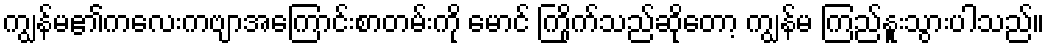
ကျွန်မ၏ကလေးကဗျာအကြောင်းစာတမ်းကို မောင် ကြိုက်သည်ဆိုတော့ ကျွန်မ ကြည်နူးသွားပါသည်။